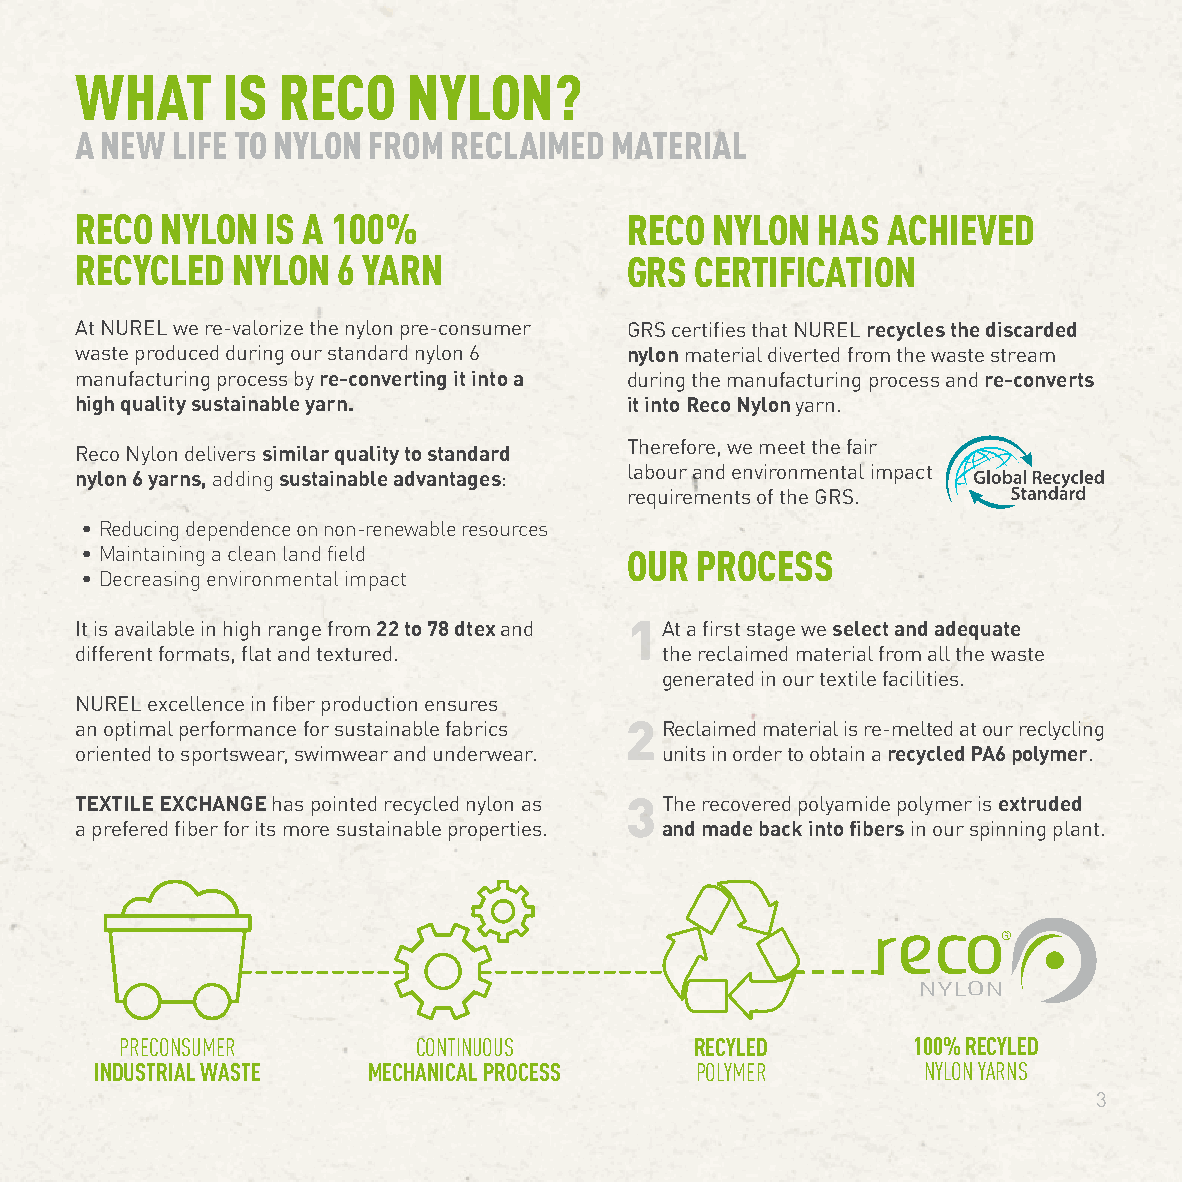
WHAT      IS RECO     NYLON?
 A NEW LIFE TO NYLON FROM RECLAIMED MATERIAL
 RECO  NYLON  IS A 100%              RECO  NYLON  HAS  ACHIEVED
 RECYCLED  NYLON  6 YARN             GRS  CERTIFICATION
 At NUREL we re-valorize the nylon pre-consumer GRS certifies that NUREL recycles the discarded
 waste produced during our standard nylon 6 nylon material diverted from the waste stream
 manufacturing process by re-converting it into a during the manufacturing process and re-converts
 high quality sustainable yarn.      it into Reco Nylon yarn.
 Therefore, we meet the fair
 Reco Nylon delivers similar quality to standard
 labour and environmental impact
 nylon 6 yarns, adding sustainable advantages:
 requirements of the GRS.
 • Reducing dependence on non-renewable resources
 • Maintaining a clean land field    OUR  PROCESS
 • Decreasing environmental impact
 It is available in high range from 22 to 78 dtex and At a first stage we select and adequate
 different formats, flat and textured.  the reclaimed material from all the waste
 generated in our textile facilities.
 NUREL excellence in fiber production ensures
 an optimal performance for sustainable fabrics Reclaimed material is re-melted at our reclycling
 oriented to sportswear, swimwear and underwear. units in order to obtain a recycled PA6 polymer.
 TEXTILE EXCHANGE has pointed recycled nylon as The recovered polyamide polymer is extruded
 a prefered fiber for its more sustainable properties. and made back into fibers in our spinning plant.
 PRECONSUMER        CONTINUOUS         RECYLED       100% RECYLED
 INDUSTRIAL WASTE  MECHANICAL PROCESS    POLYMER        NYLON YARNS
 3